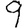
Digit: 9